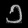
Digit: ၁